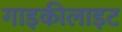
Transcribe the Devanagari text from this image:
गाइकीलाइट